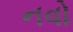
નવો